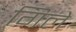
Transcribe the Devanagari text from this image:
गिले